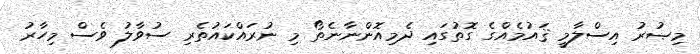
މިޞުރު އިސްލާމީ ޤައުމެއްގެ ގޮތުގައި ދެމިއޮންނާނެތޯ މި ނުރައްކައުތެރި ސުވާލު ވެސް މިހާރު